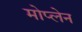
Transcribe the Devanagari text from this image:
मोप्लेन